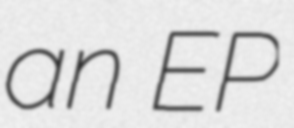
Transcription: an EP